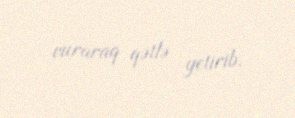
vuraraq qətlə yetirib.